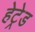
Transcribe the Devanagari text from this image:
हेट्रेड